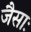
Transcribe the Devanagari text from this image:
जैसाः